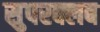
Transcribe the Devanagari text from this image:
सुपरक्लब